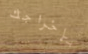
بإخراجك